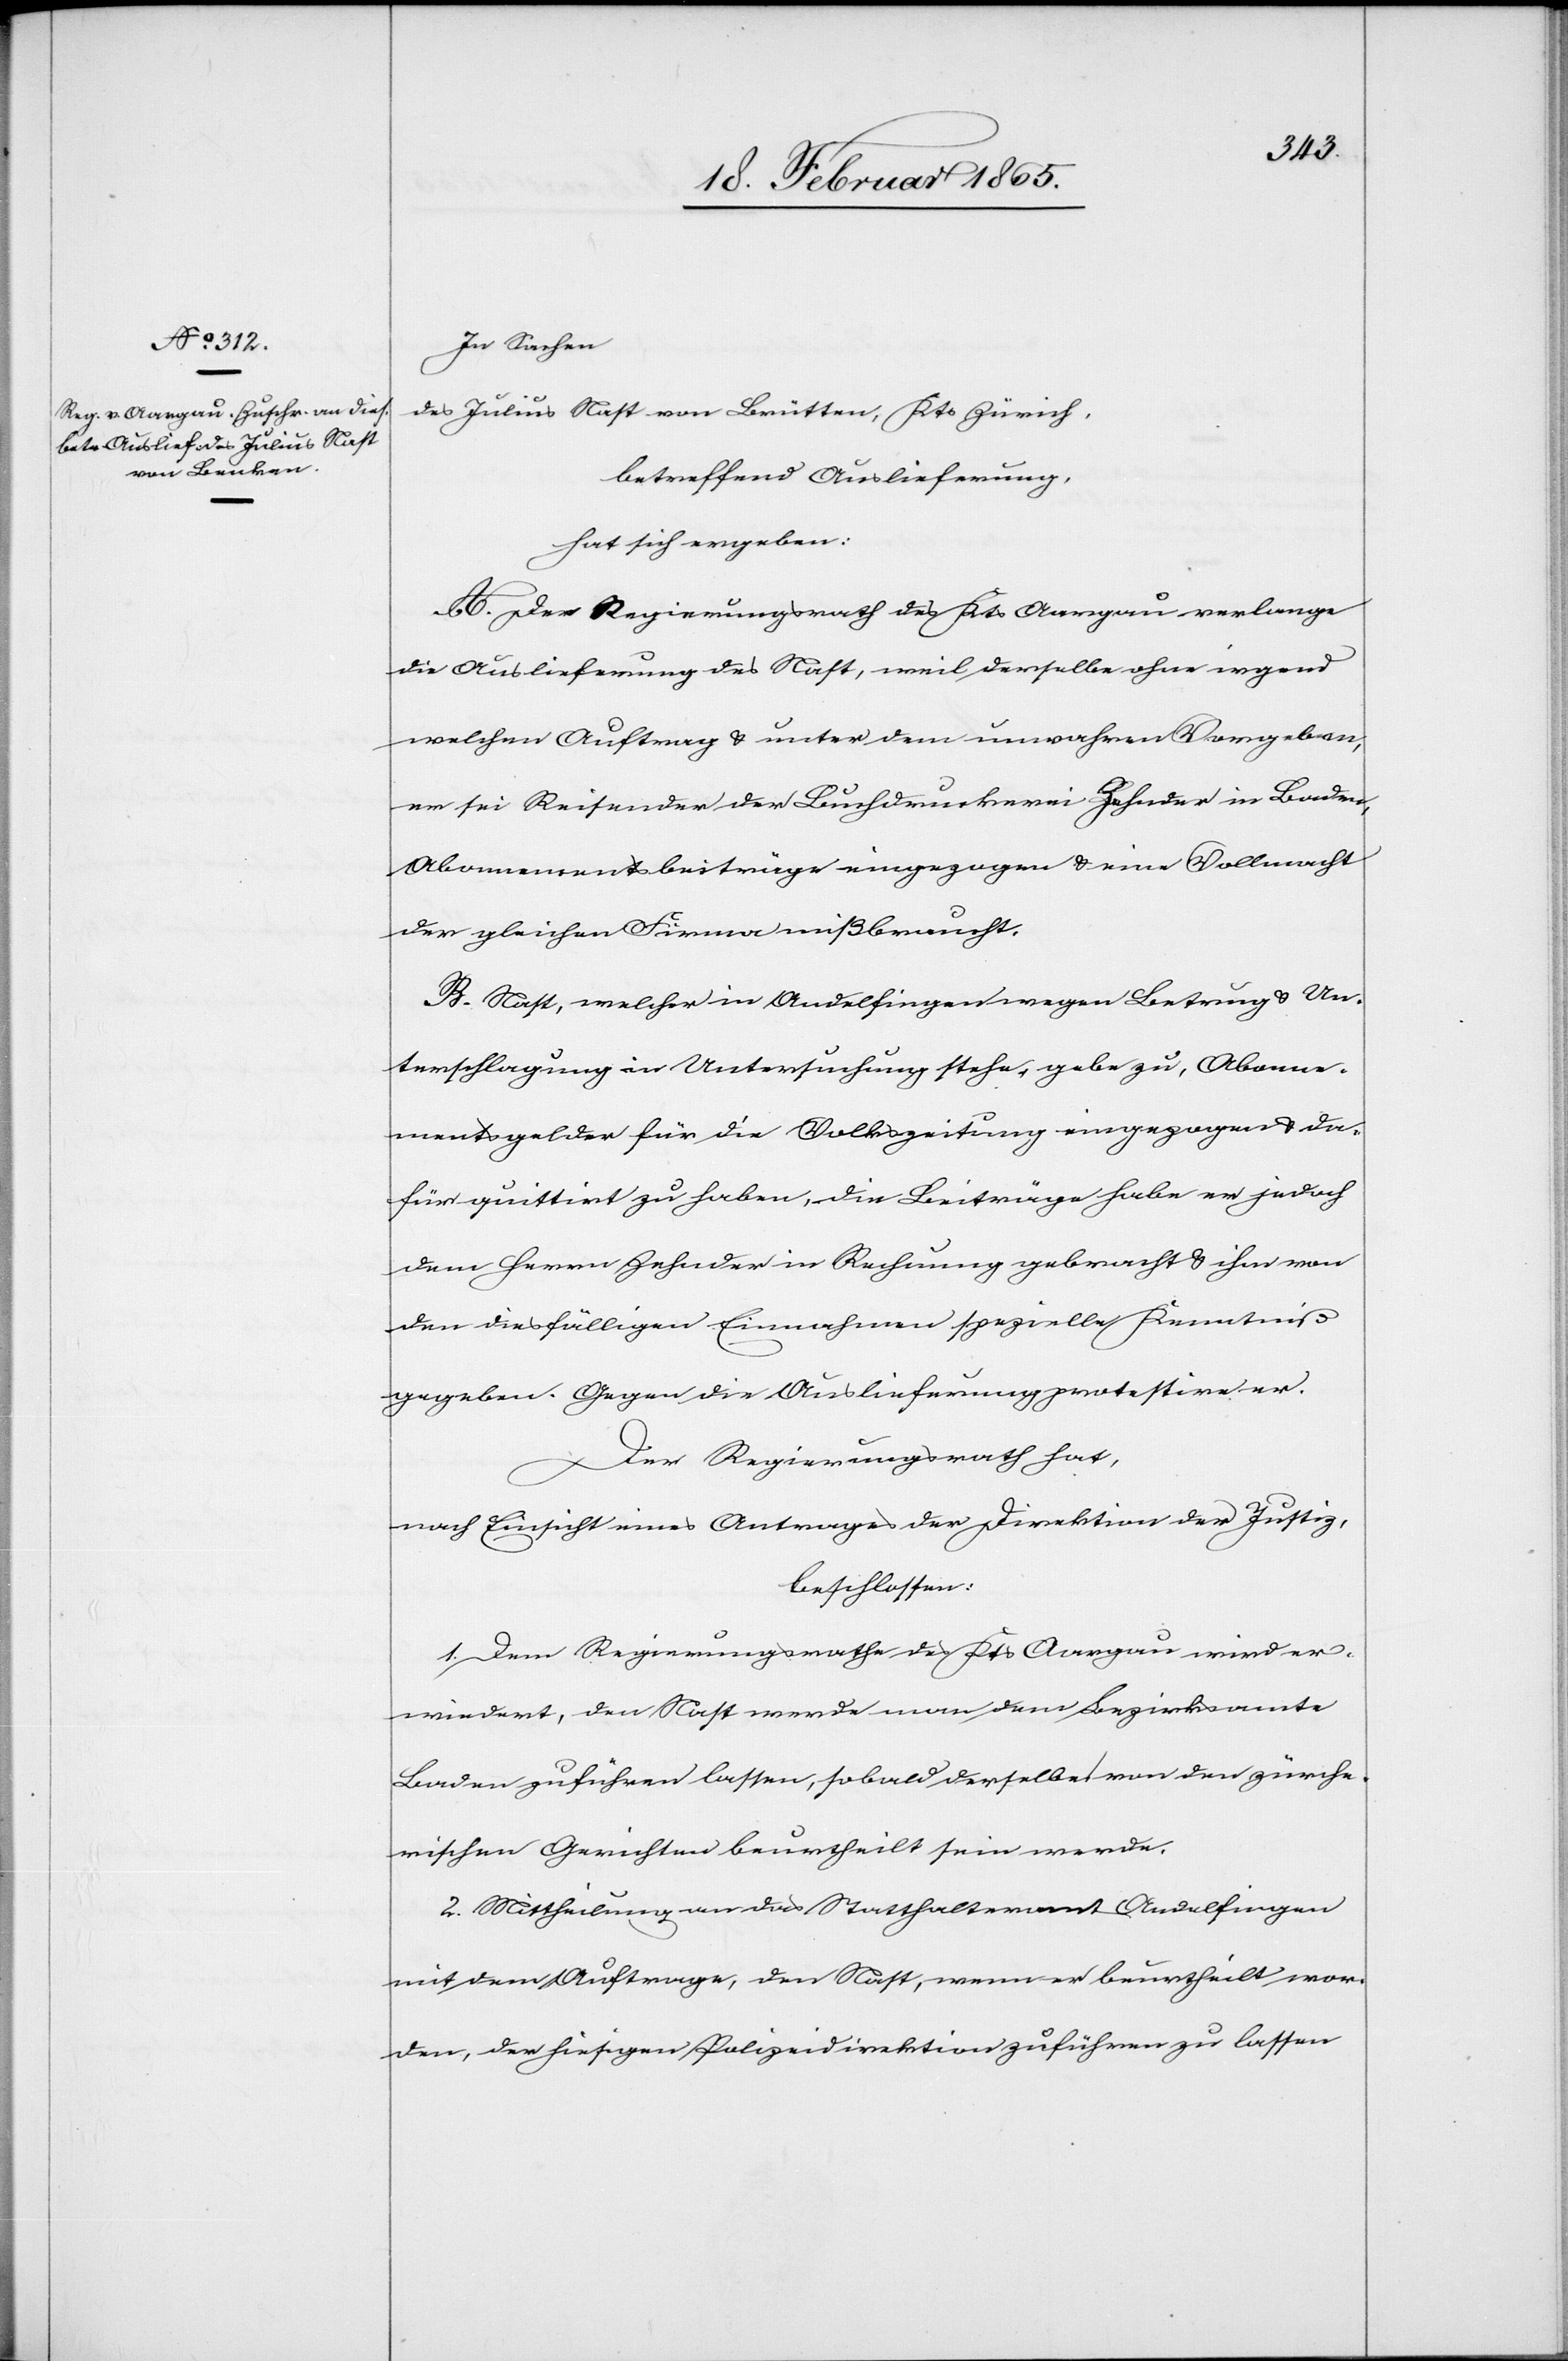
In Sachen
des Julius Nast von Brütten [sic!], Kts Zürich,
betreffend Auslieferung,
hat sich ergeben:
A. Der Regierungsrath des Kts Aargau verlange
die Auslieferung des Nast, weil derselbe ohne irgend
welchen Auftrag u. unter dem unwahren Vorgeben,
er sei Reisender der Buchdruckerei Zehnder in Baden,
Abonnementsbeiträge eingezogen u. eine Vollmacht
der gleichen Firma mißbraucht.
B. Nast, welcher in Andelfingen wegen Betrug u. Un¬
terschlagung in Untersuchung stehe, gebe zu, Abonne¬
mentsgelder für die Volkszeitung eingezogen u. da¬
für quittirt zu haben, die Beiträge habe er jedoch
dem Herrn Zehnder in Rechnung gebracht u. ihm von
den diesfälligen Einnahmen spezielle Kenntniß
gegeben. Gegen die Auslieferung protestire er.
Der Regierungsrath hat,
nach Einsicht eines Antrages der Direktion der Justiz,
beschlossen:
1. Dem Regierungsrathe des Kts Aargau wird er¬
wiedert, den Nast werde man dem Bezirksamte
Baden zuführen lassen, sobald derselbe von den zürche¬
rischen Gerichten beurtheilt sein werde.
2. Mittheilung an das Statthalteramt Andelfingen
mit dem Auftrage, den Nast, wenn er beurtheilt wor¬
den, der hiesigen Polizeidirektion zuführen zu lassen